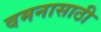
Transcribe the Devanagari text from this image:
वमनासाठी